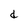
Character: d